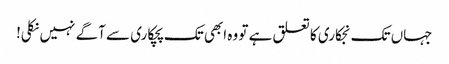
جہاں تک نجکاری کا تعلق ہے تو وہ ابھی تک پچکاری سے آگے نہیں نکلی!